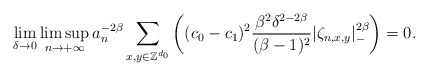
\begin{align*}\lim_{\delta\rightarrow 0}\limsup_{n\rightarrow+\infty}a_n^{-2\beta}\sum_{x,y\in\mathbb Z^{d_0}}\left((c_0-c_1)^2\frac{\beta^2\delta^{2-2\beta}}{(\beta-1)^2}|\zeta_{n,x,y}|_-^{2\beta}\right)=0.\end{align*}